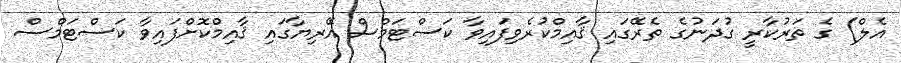
އެލް) ގެ ތަރުކާރީ ގުދަނުގެ ތެރޭގައި ޤާއިމްކުރެވިފައިވާ ކަސްޓަމްސް އޭރިޔާގައި ޤާއިމްކޮށްފައިވާ ކަސްޓަމްސް